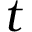
t